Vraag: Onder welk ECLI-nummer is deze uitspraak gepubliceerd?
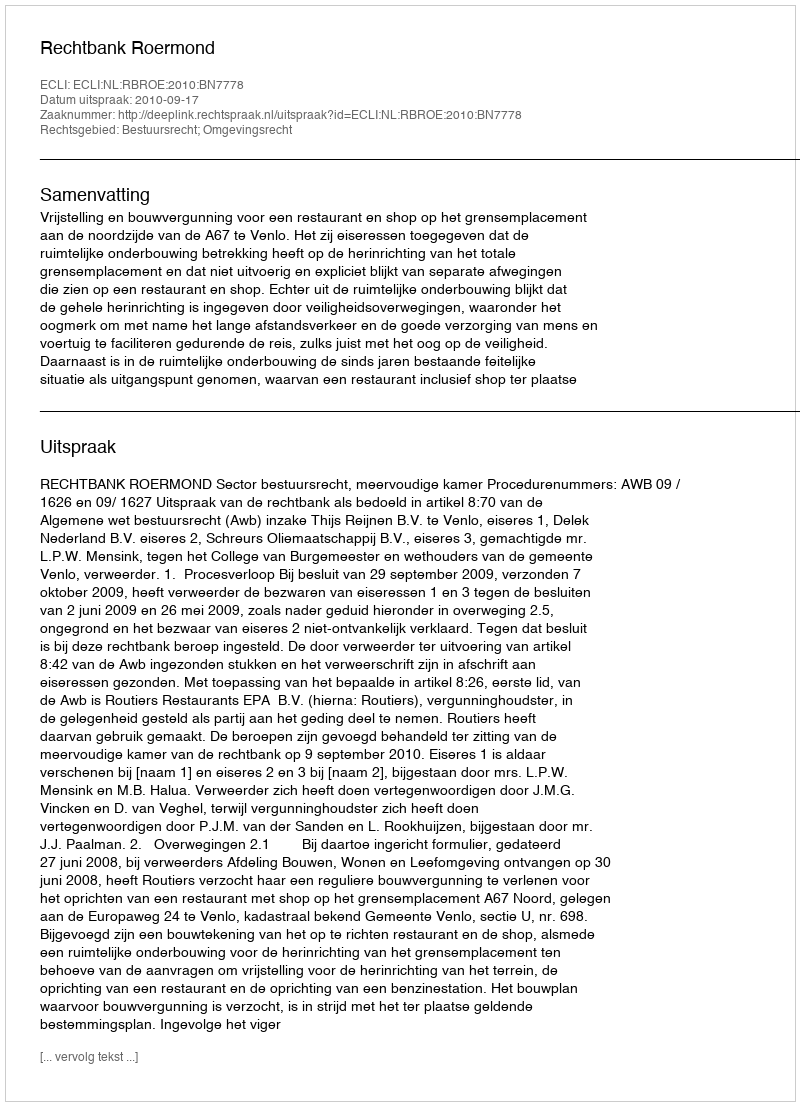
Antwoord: ECLI:NL:RBROE:2010:BN7778